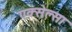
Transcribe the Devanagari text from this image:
एक्सेल्सा